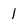
Character: 1